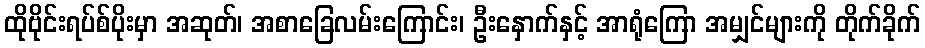
ထိုဗိုင်းရပ်စ်ပိုးမှာ အဆုတ်၊ အစာခြေလမ်းကြောင်း၊ ဦးနှောက်နှင့် အာရုံကြော အမျှင်များကို တိုက်ခိုက်